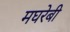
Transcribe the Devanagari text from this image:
मघरेबी